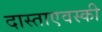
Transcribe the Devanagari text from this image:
दास्ताएवस्की